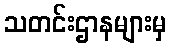
သတင်းဌာနများမှ